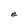
Character: e